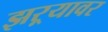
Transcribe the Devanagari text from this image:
झऱ्यावर